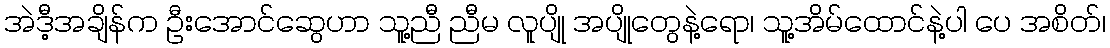
အဲဒီ့အချိန်က ဦးအောင်ဆွေဟာ သူ့ညီ ညီမ လူပျို အပျိုတွေနဲ့ရော၊ သူ့အိမ်ထောင်နဲ့ပါ ပေ အစိတ်၊